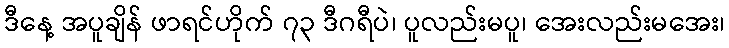
ဒီနေ့ အပူချိန် ဖာရင်ဟိုက် ၇၃ ဒီဂရီပဲ၊ ပူလည်းမပူ၊ အေးလည်းမအေး၊